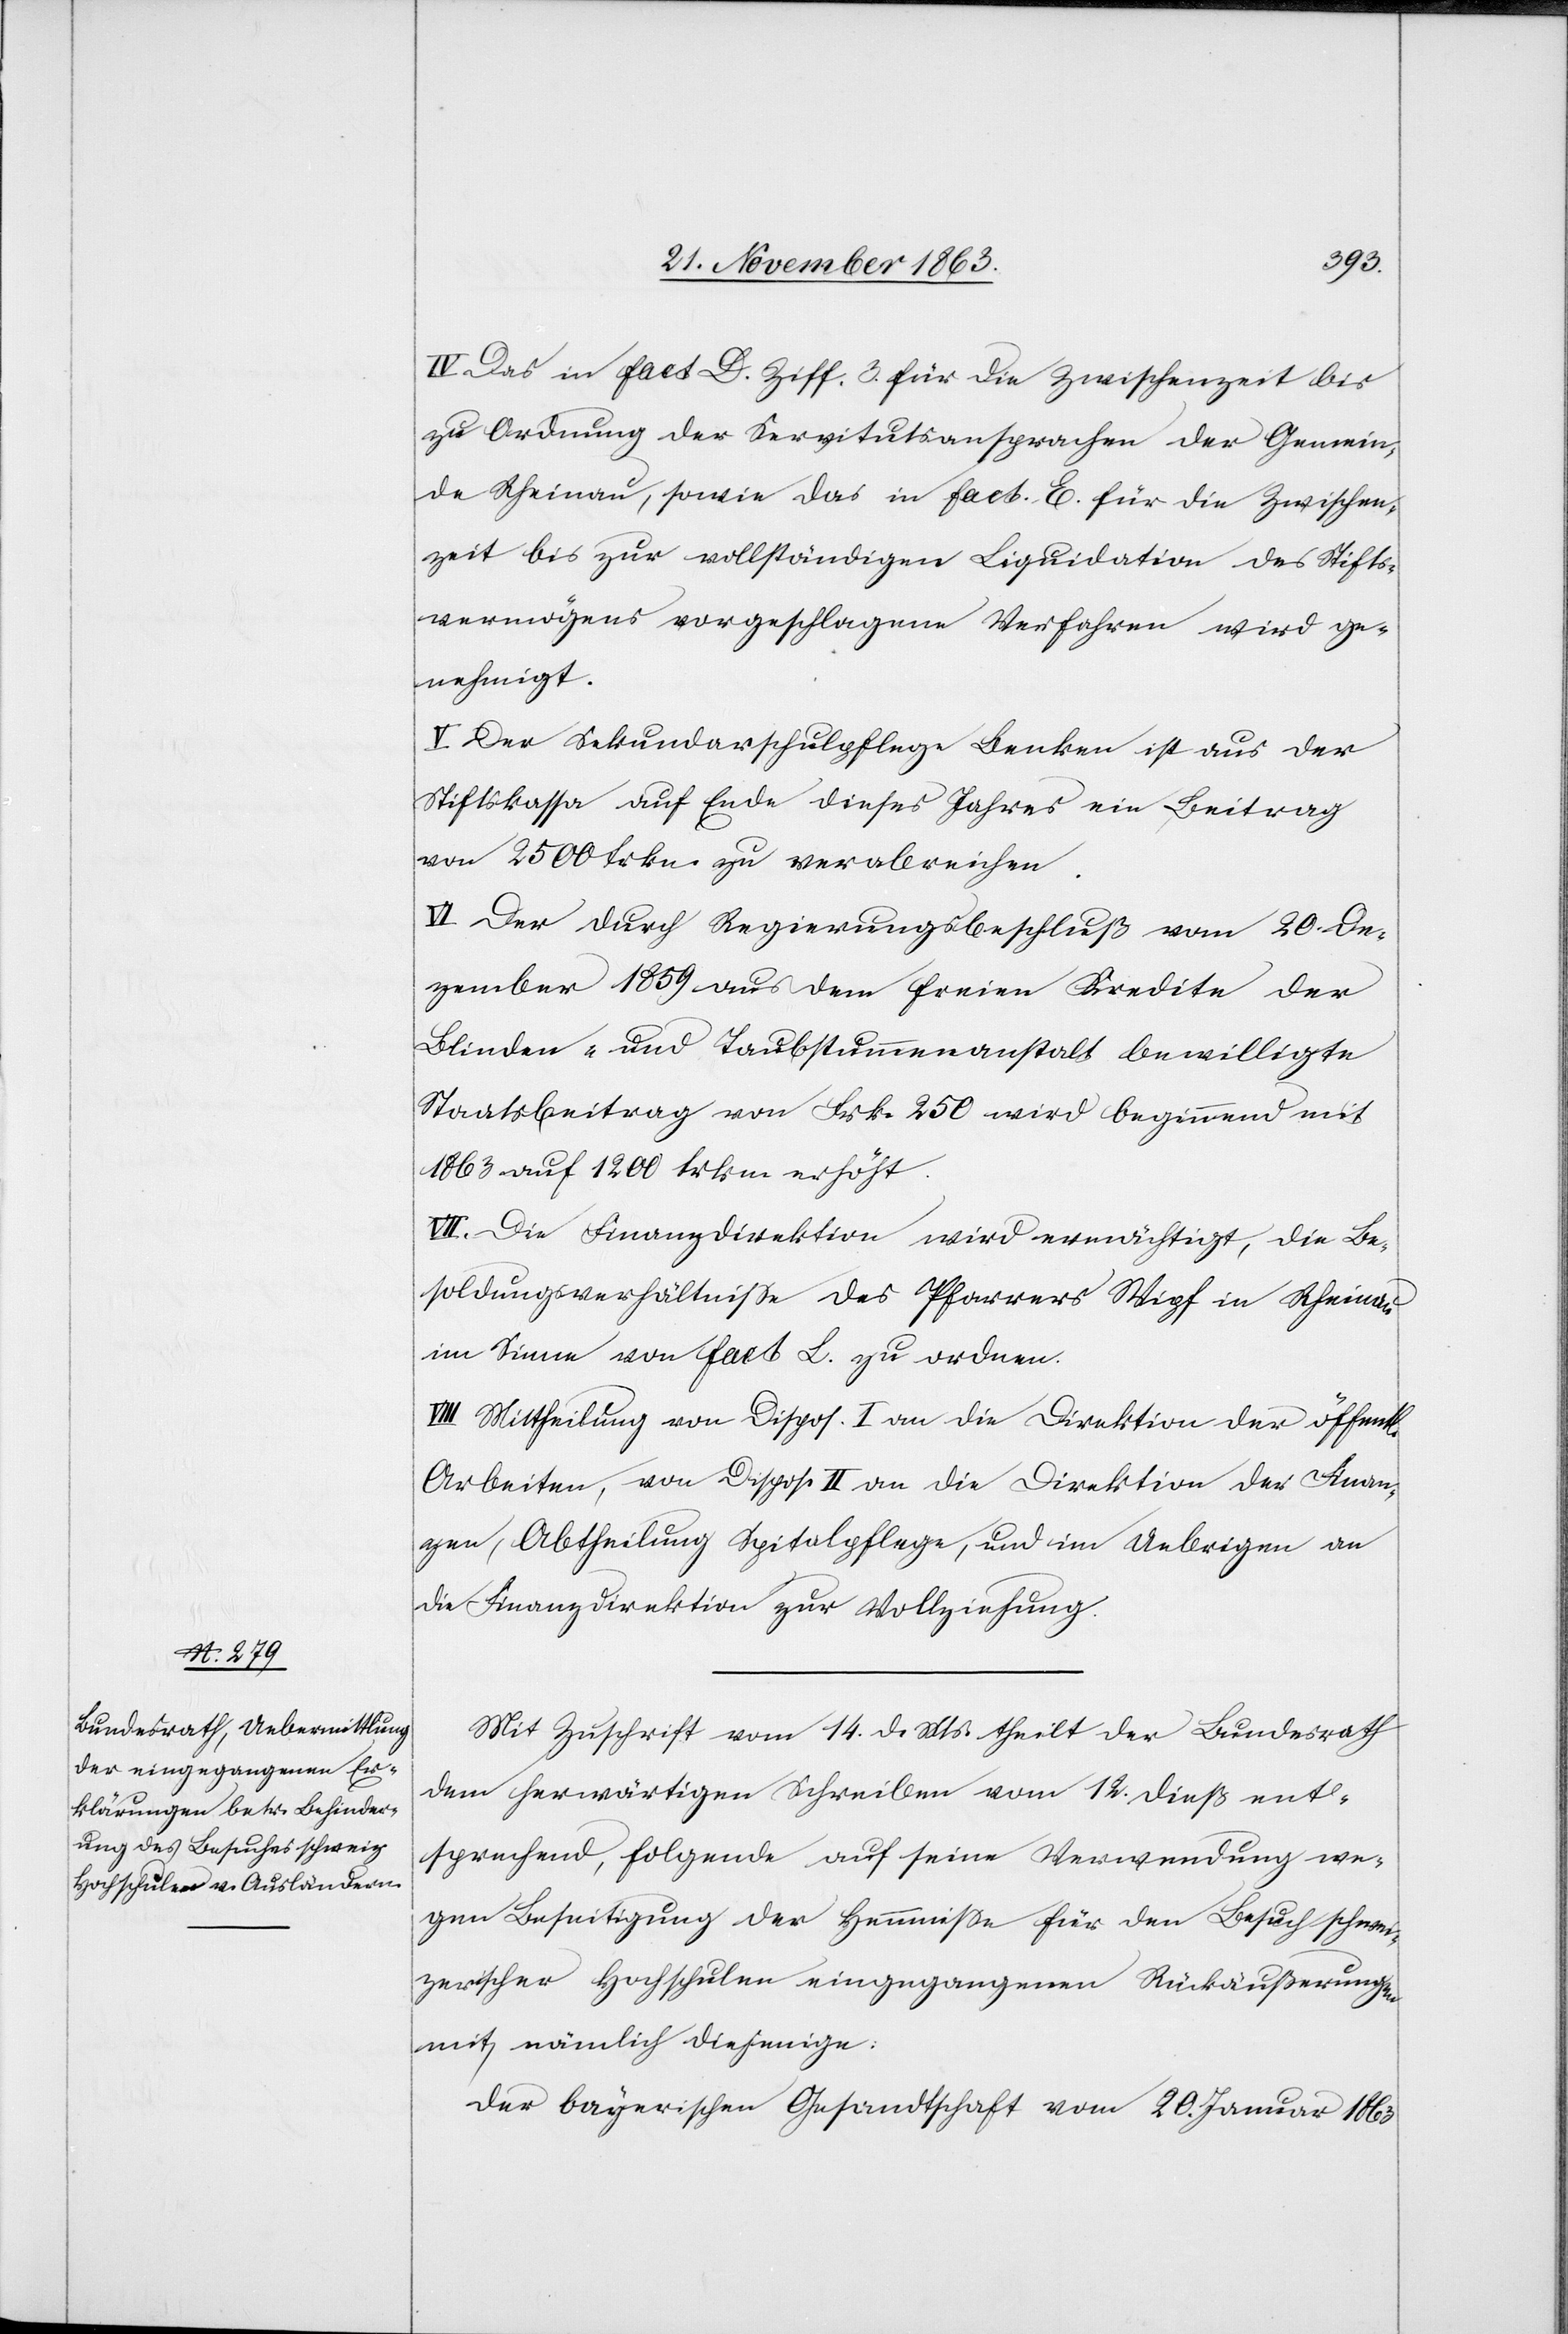
IV. Das in Fact D. Ziff. 3. für die Zwischenzeit bis
zu Ordnung der Servitutsansprachen der Gemein¬
de Rheinau, sowie das in Fact. E. für die Zwischen¬
zeit bis zur vollständigen Liquidation des Stifts¬
vermögens vorgeschlagene Verfahren wird ge¬
nehmigt.
V. Der Sekundarschulpflege Benken ist aus der
Stiftskassa auf Ende dieses Jahres ein Beitrag
von 2500 frkn. zu verabreichen.
VI. Der durch Regierungsbeschluß vom 20. De¬
zember 1859 aus dem freien Kredite der
Blinden- und Taubstummenanstalt bewilligte
Staatsbeitrag von Frk. 250 wird beginnend mit
1863 auf 1200 frkn. erhöht.
VII. Die Finanzdirektion wird ermächtigt, die Be¬
soldungsverhältnisse des Pfarrers Wipf in Rheinau
im Sinne von Fact L. zu ordnen.
VIII. Mittheilung von Dispos. I an die Direktion der öffentl.
Arbeiten, von Dispos. II an die Direktion der Finan¬
zen, Abtheilung Spitalpflege, und im Uebrigen an
die Finanzdirektion zur Vollziehung.
Mit Zuschrift vom 14. d. Mts. theilt der Bundesrath
dem herwärtigen Schreiben vom 12. dieß ent¬
sprechend, folgende auf seine Verwendung we¬
gen Beseitigung der Hemmnisse für den Besuch schwei¬
zerischer Hochschulen eingegangenen Rückäußerungen
mit, nämlich diejenige:
Der bayerischen Gesandtschaft vom 20. Januar 1863